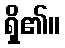
ရှိ၏။